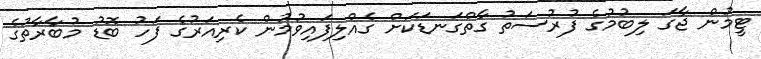
ޓީމުން ޖާގަ ލިބުމުގެ ފުރުސަތު ގާތްގަނޑަކަށް ގެއްލިފައިވުމުން ކެރިއަރުގެ ފަހު ބޮޑު މުބާރާތުގެ